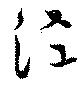
涇